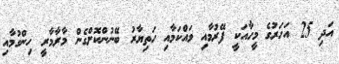
އަދި 25 އަހަރުގެ މީހާއަކީ ފޭރުމާއި ވައްކަމާއި ހަތިޔާރު ބޭނުންކޮށްގެން މާރާމާރީ ހިންގުމާއި